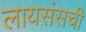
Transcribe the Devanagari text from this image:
लायसंसची